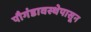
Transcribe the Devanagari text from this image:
पौगंडावस्थेपासून